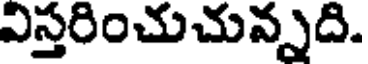
విస్తరించుచున్నది.